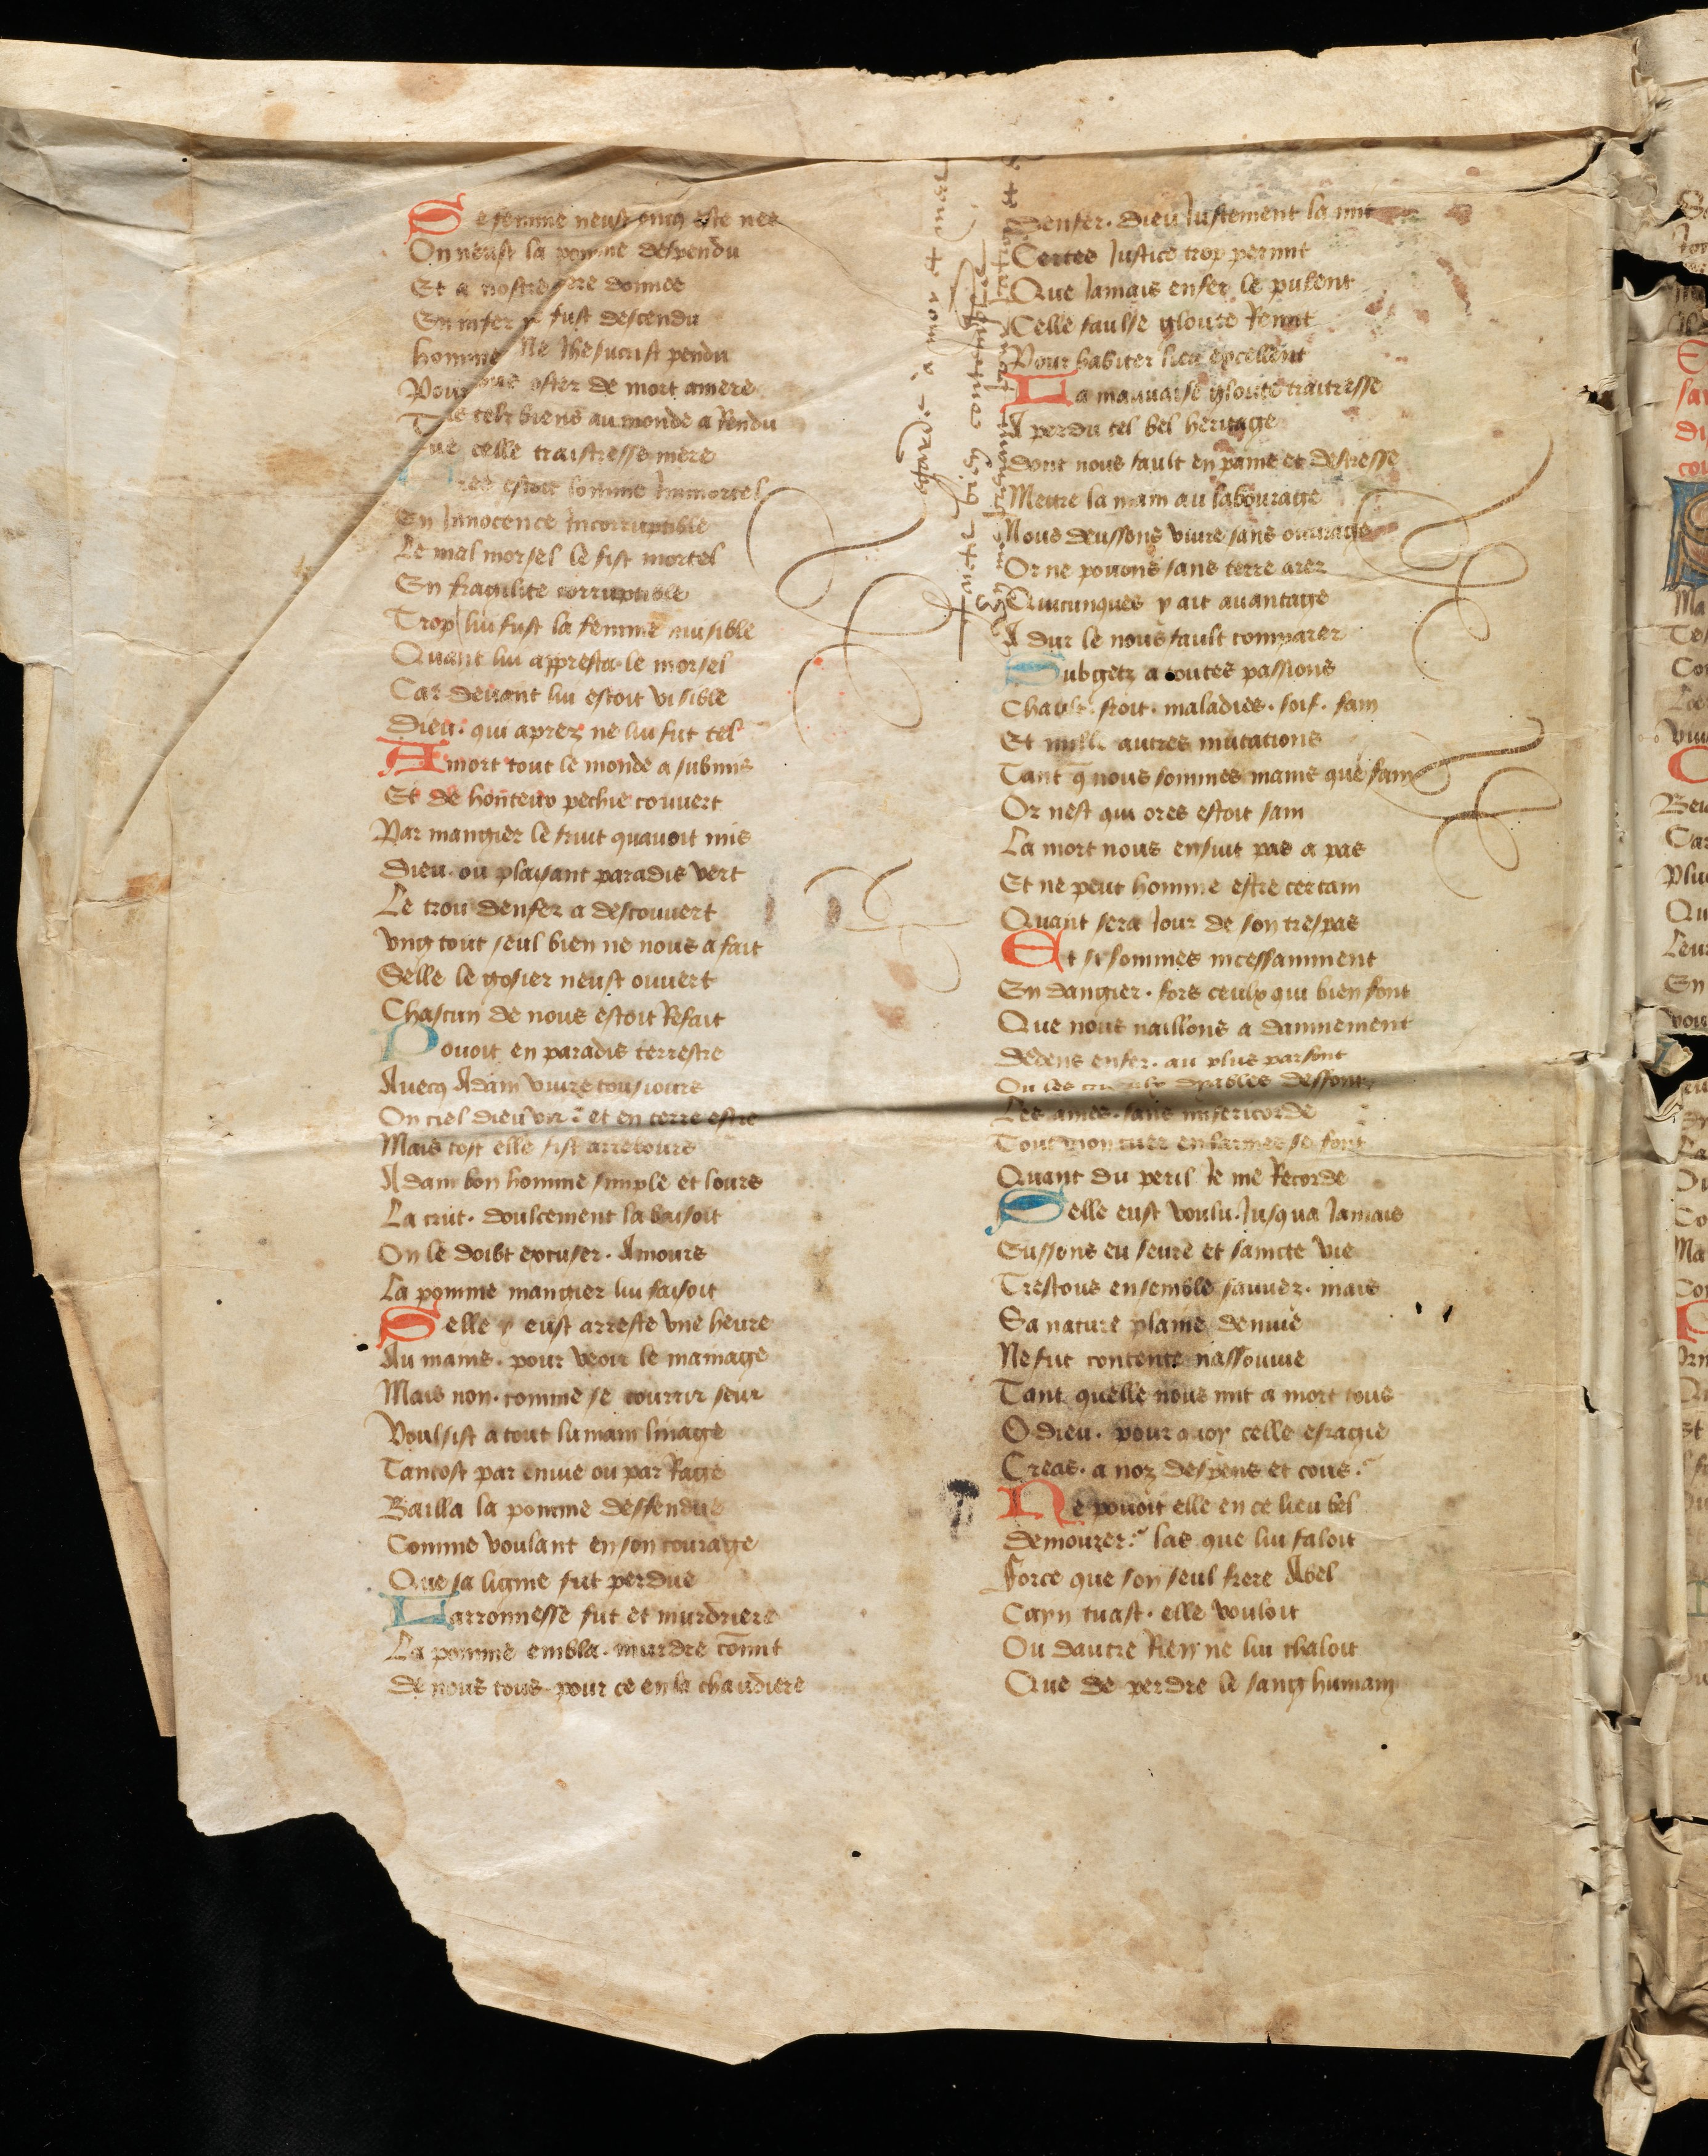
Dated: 1442–1480